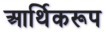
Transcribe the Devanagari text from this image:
आर्थिकरूप